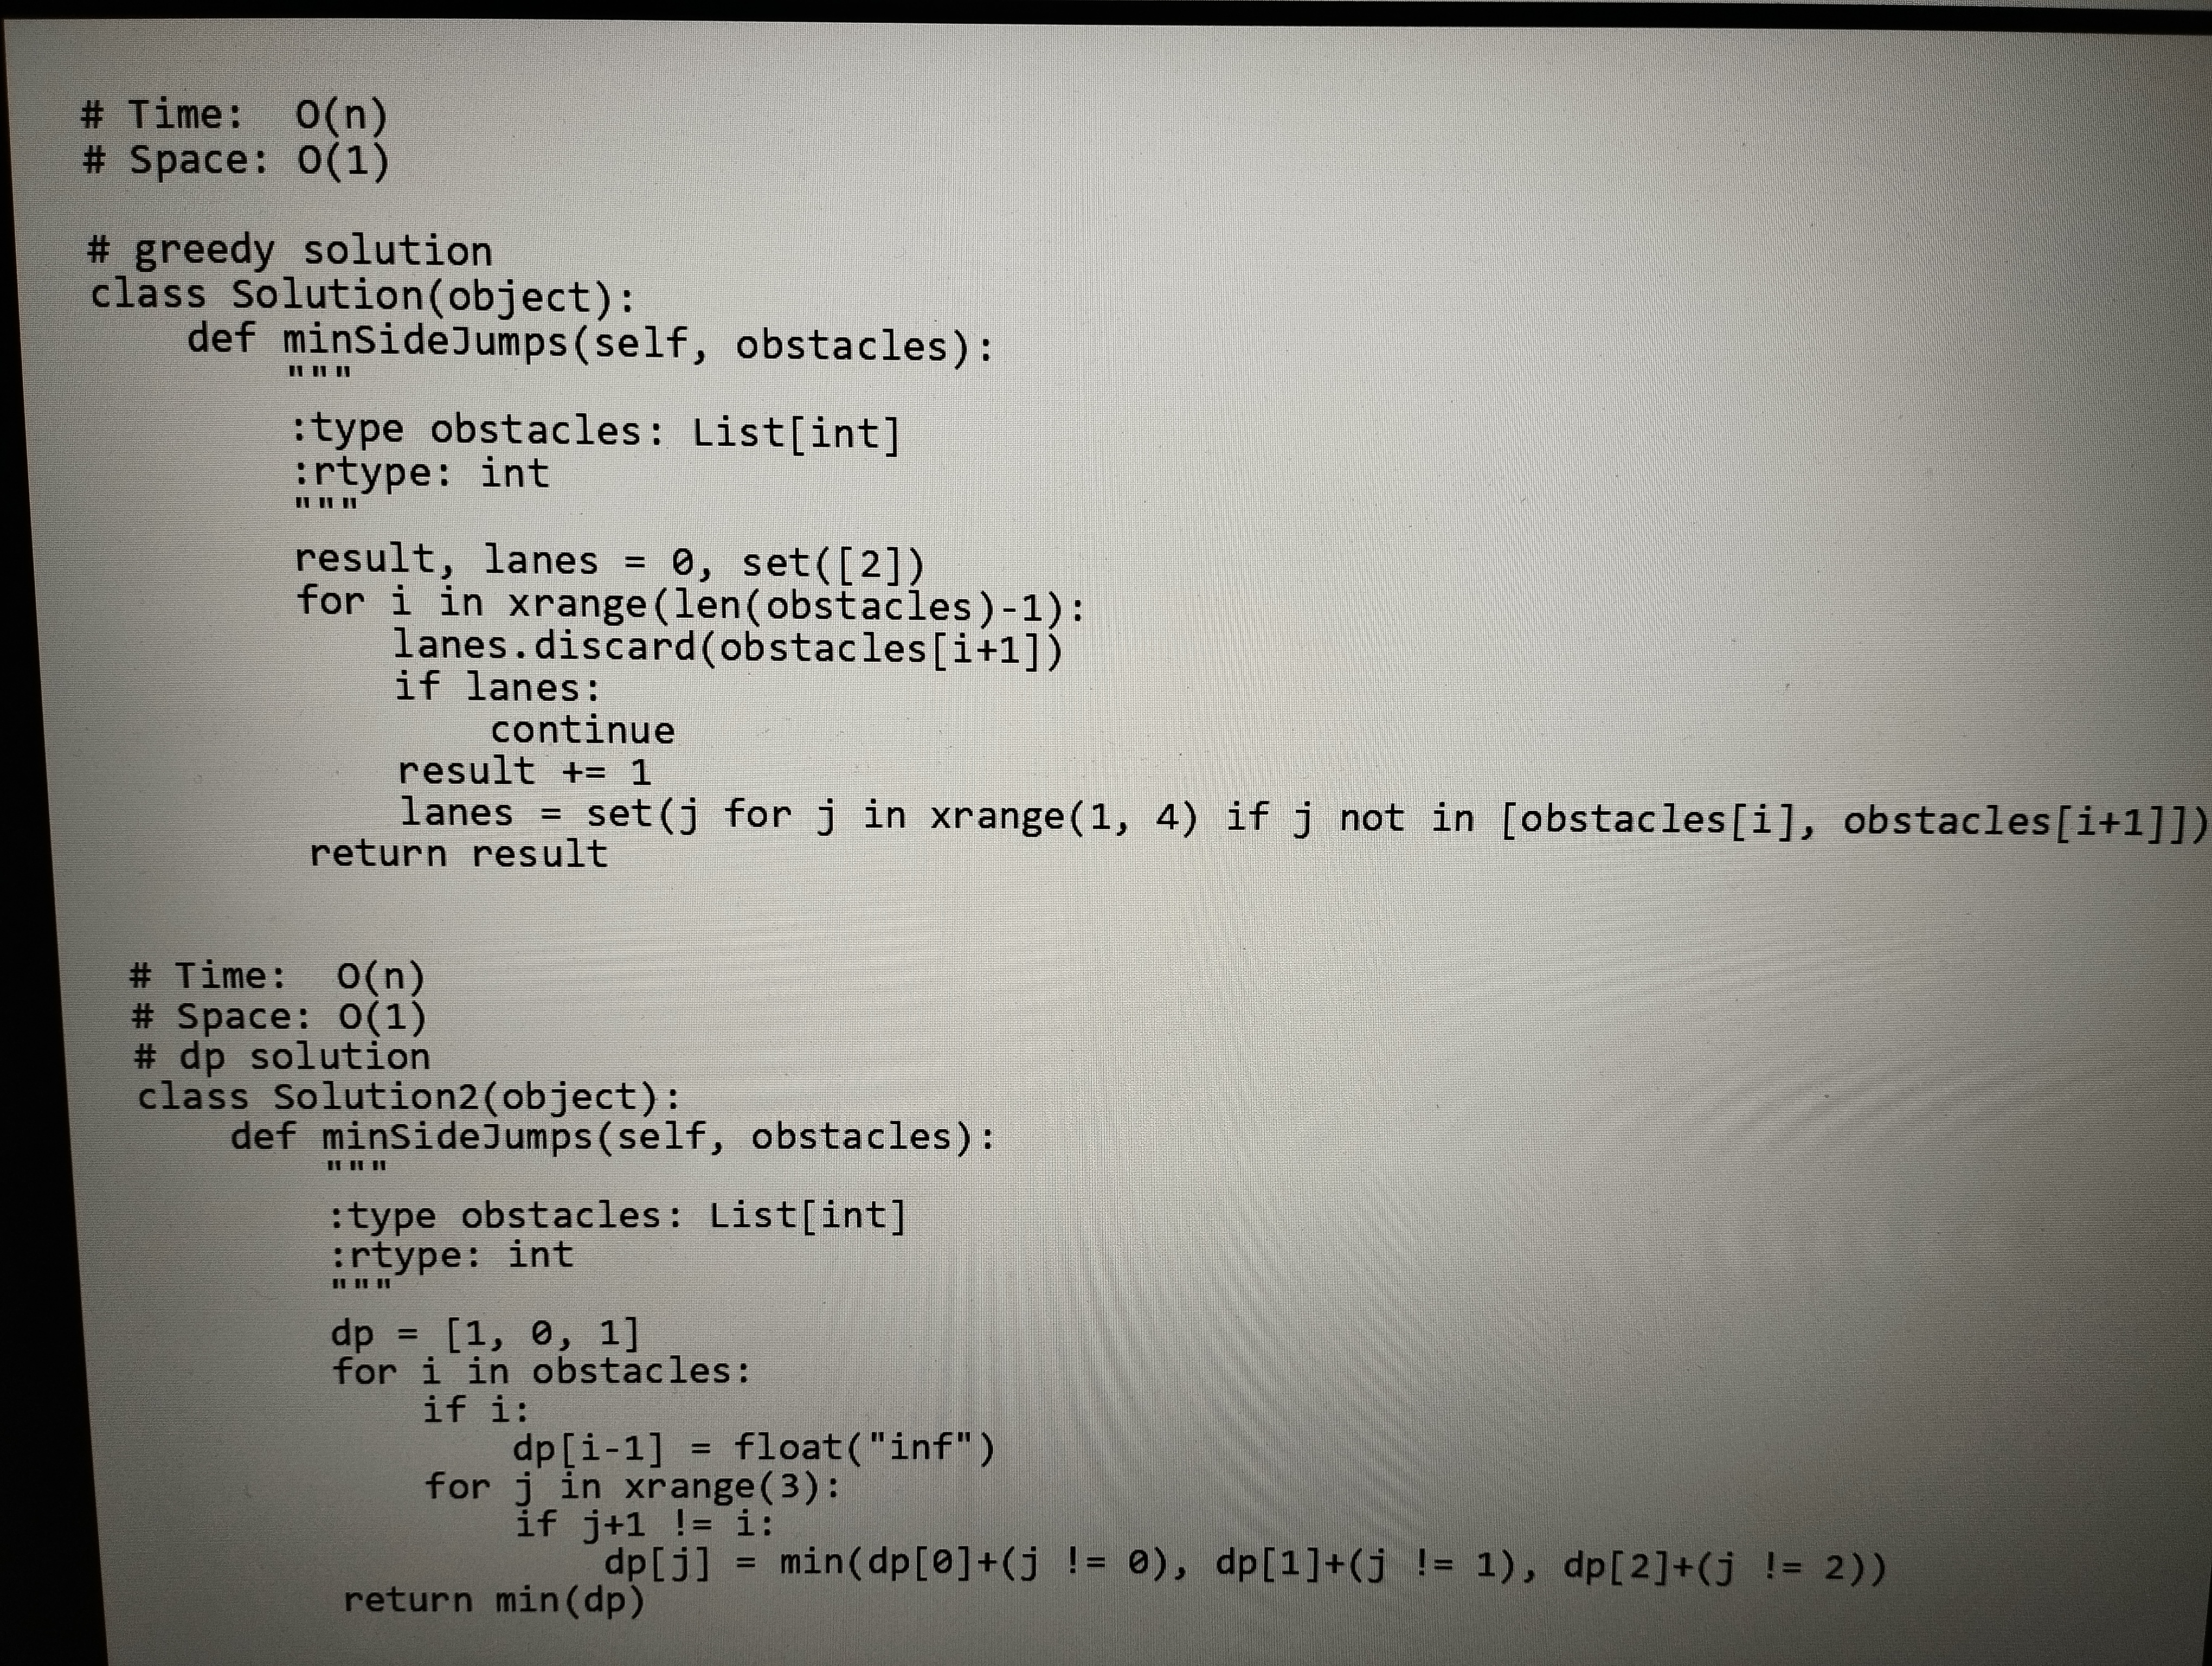
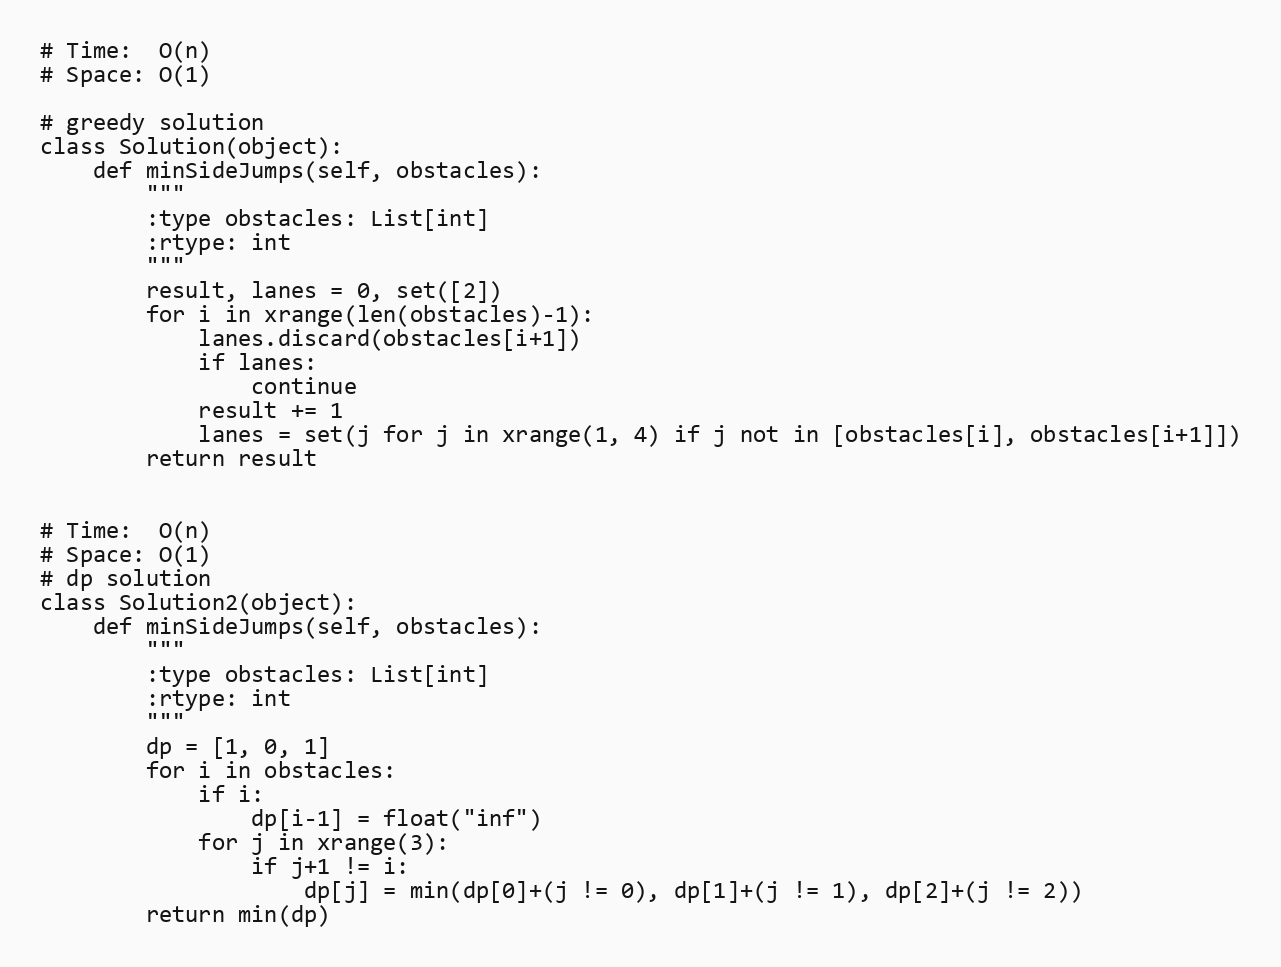
# Time:  O(n)
# Space: O(1)

# greedy solution
class Solution(object):
    def minSideJumps(self, obstacles):
        """
        :type obstacles: List[int]
        :rtype: int
        """
        result, lanes = 0, set([2])
        for i in xrange(len(obstacles)-1):
            lanes.discard(obstacles[i+1])
            if lanes:
                continue
            result += 1
            lanes = set(j for j in xrange(1, 4) if j not in [obstacles[i], obstacles[i+1]])
        return result

# Time:  O(n)
# Space: O(1)
# dp solution
class Solution2(object):
    def minSideJumps(self, obstacles):
        """
        :type obstacles: List[int]
        :rtype: int
        """
        dp = [1, 0, 1]
        for i in obstacles:
            if i:
                dp[i-1] = float("inf")
            for j in xrange(3):
                if j+1 != i:
                    dp[j] = min(dp[0]+(j != 0), dp[1]+(j != 1), dp[2]+(j != 2))
        return min(dp)